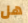
هل